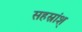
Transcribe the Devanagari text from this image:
सहस्रांश्